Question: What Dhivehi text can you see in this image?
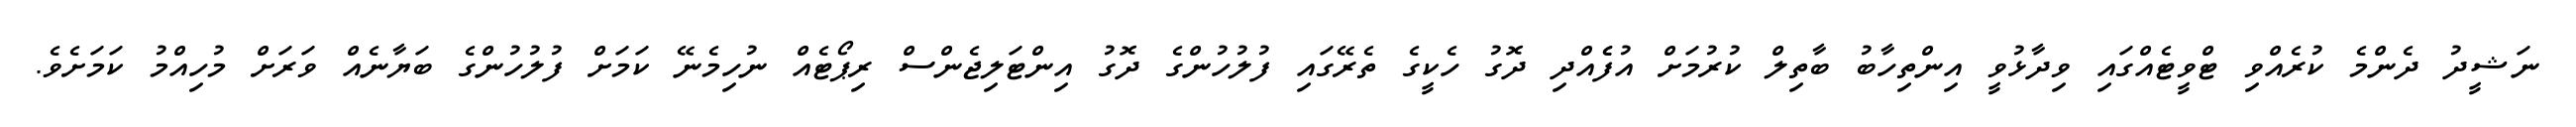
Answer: ނަޝީދު ދެންމެ ކުރެއްވި ޓްވީޓެއްގައި ވިދާޅުވީ އިންތިހާބު ބާތިލް ކުރުމަށް އުފެެއްދި ދޮގު ހެކީގެ ތެރޭގައި ފުލުހުންގެ ދޮގު އިންޓަލިޖެންސް ރިޕޯޓެއް ނުހިމެނޭ ކަމަށް ފުލުހުންގެ ބަޔާނެއް ވަރަށް މުހިއްމު ކަމަށެވެ.